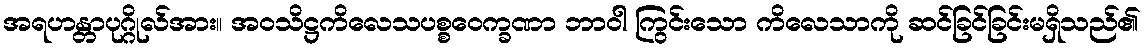
အရဟန္တာပုဂ္ဂိုလ်အား။ အဝသိဋ္ဌကိလေသပစ္စဝေက္ခဏာ ဘာဝါ ကြွင်းသော ကိလေသာကို ဆင်ခြင်ခြင်းမရှိသည်၏